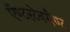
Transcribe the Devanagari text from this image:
ऍण्टरटेनमैण्ट